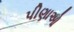
પીણાઓ